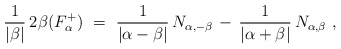
\begin{align*} \frac{1}{|\beta|} \, 2 \>\! \beta(F_\alpha^+)~ =~\frac{1}{|\alpha-\beta|} \, N_{\alpha,-\beta} \, - \, \frac{1}{|\alpha+\beta|} \, N_{\alpha,\beta}~,\end{align*}